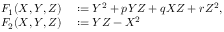
\begin{array} { r l } { F _ { 1 } ( X , Y , Z ) } & { { } : = Y ^ { 2 } + p Y Z + q X Z + r Z ^ { 2 } , } \\ { F _ { 2 } ( X , Y , Z ) } & { { } : = Y Z - X ^ { 2 } } \end{array}